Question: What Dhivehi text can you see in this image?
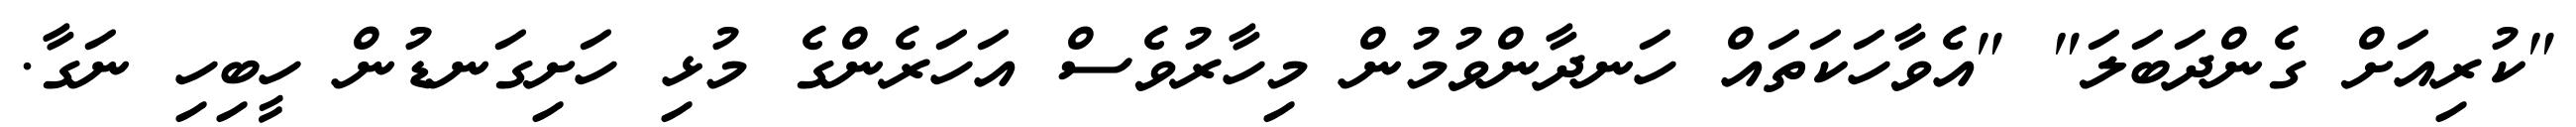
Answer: "ކުރިއަށް ގެންދަބަލަ" "އެވާހަކަތައް ހަނދާންވުމުން މިހާރުވެސް އަހަރެންގެ މުޅި ހަށިގަނޑުން ހީބިހި ނަގާ.